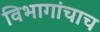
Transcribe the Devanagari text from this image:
विभागांचाच